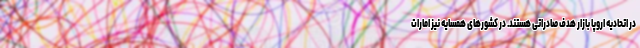
در اتحادیه اروپا بازار هدف صادراتی هستند. در کشورهای همسایه نیز امارات